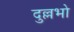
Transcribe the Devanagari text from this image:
दुल्लभो